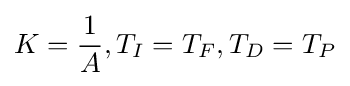
K={\frac {1}{A}},T_{I}=T_{F},T_{D}=T_{P}